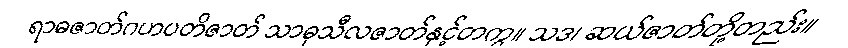
ရာဓဇာတ်ဂဟပတိဇာတ် သာဓုသီလဇာတ်နှင့်တကွ။ သဒ၊ ဆယ်ဇာတ်တို့တည်း။